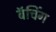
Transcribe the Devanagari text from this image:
बॅचिंग